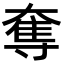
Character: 奪